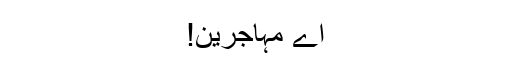
اے مہاجرین!